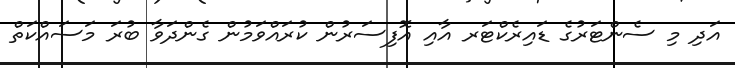
އަދި މި ސެންޓަރުގެ ޑައިރެކްޓަރ އާއި އޮފިސަރުން ކުރައްވަމުން ގެންދަވާ ބުރަ މަސައްކަތް